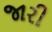
જારી